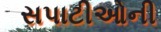
સપાટીઓની